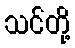
သင်တို့